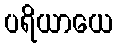
ပရိယာယေ